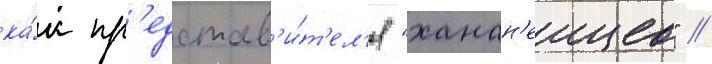
ка́к пр'едстав'и́т'ел'я "ханан'еицев" //